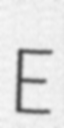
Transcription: E